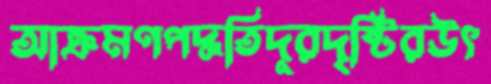
আক্রমণপদ্ধতিদূরদৃষ্টিরউৎ